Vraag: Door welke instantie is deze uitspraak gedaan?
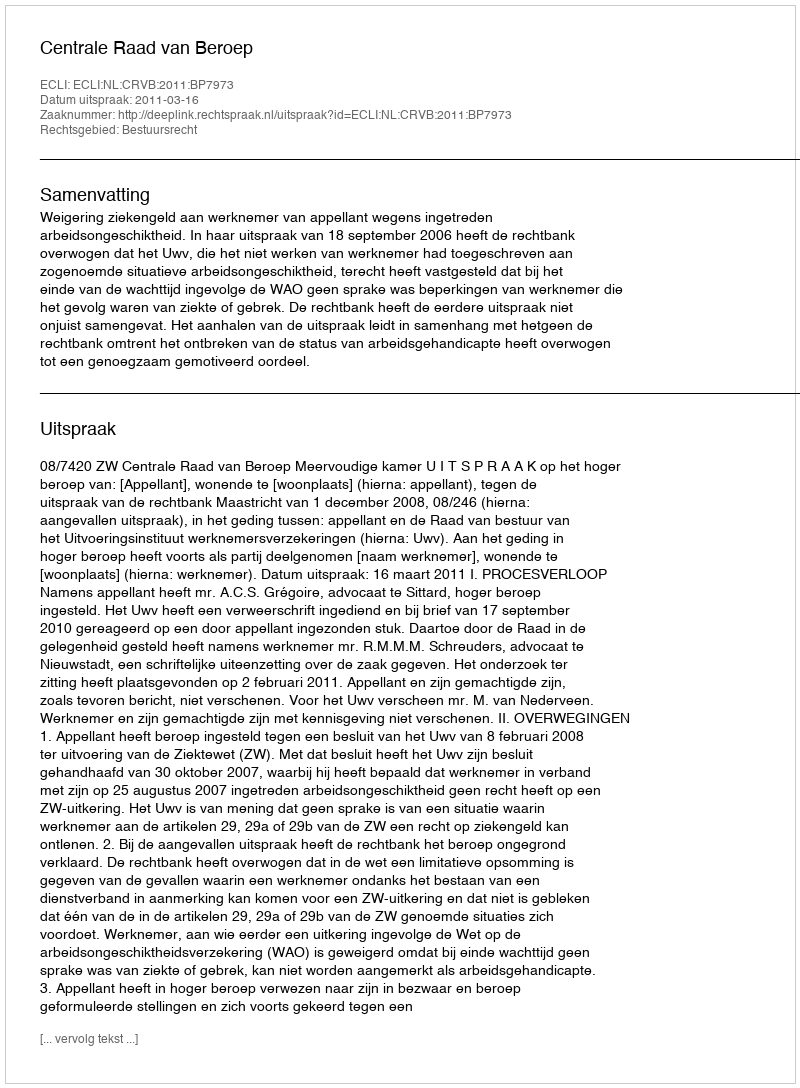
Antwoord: Centrale Raad van Beroep